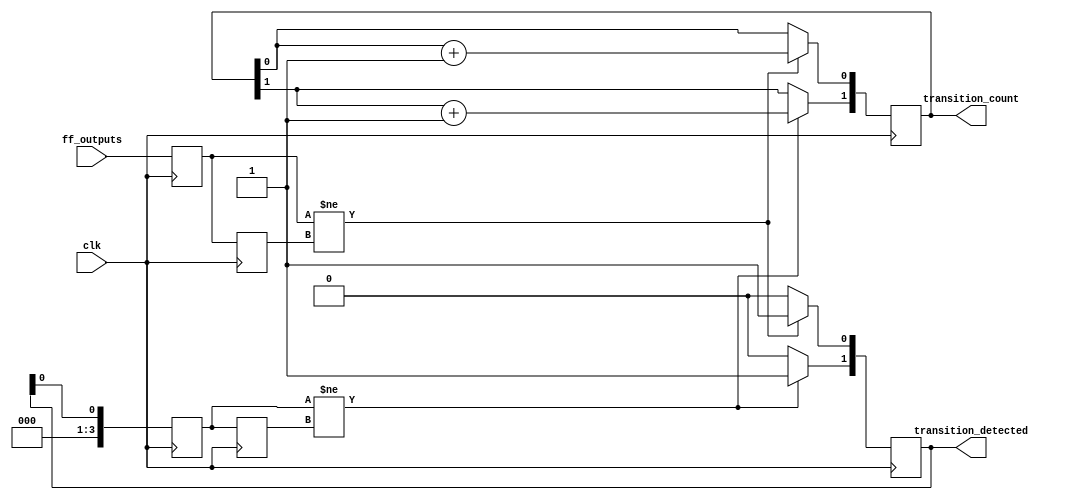
module flip_flop_detector #(
    parameter NUM_FLIP_FLOPS = 4, // Number of flip-flops to monitor
    parameter NUM_UNITS = 2        // Number of cascaded detection units
)(
    input wire clk,                // Clock signal
    input wire [NUM_FLIP_FLOPS-1:0] ff_outputs, // Flip-flop outputs
    output reg [NUM_UNITS-1:0] transition_detected, // Transition detection signals
    output reg [NUM_UNITS-1:0] transition_count // Transition count for each unit
);

    // Memory blocks to store current and previous states
    reg [NUM_FLIP_FLOPS-1:0] current_state [0:NUM_UNITS-1];
    reg [NUM_FLIP_FLOPS-1:0] previous_state [0:NUM_UNITS-1];

    // Initialize transition counts
    integer i;
    initial begin
        for (i = 0; i < NUM_UNITS; i = i + 1) begin
            transition_count[i] = 0;
            transition_detected[i] = 0;
        end
    end

    // Detection logic for each unit
    always @(posedge clk) begin
        for (i = 0; i < NUM_UNITS; i = i + 1) begin
            // Store previous state
            previous_state[i] <= current_state[i];

            // Update current state from flip-flop outputs
            if (i == 0) begin
                current_state[i] <= ff_outputs; // First unit directly monitors FF outputs
            end else begin
                current_state[i] <= transition_detected[i-1]; // Subsequent units monitor previous unit's output
            end

            // Detect transitions
            if (current_state[i] != previous_state[i]) begin
                transition_detected[i] <= 1'b1; // Transition detected
                transition_count[i] <= transition_count[i] + 1; // Increment count
            end else begin
                transition_detected[i] <= 1'b0; // No transition
            end
        end
    end

endmodule